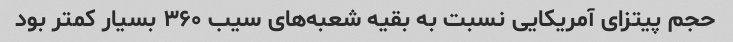
حجم پیتزای آمریکایی نسبت به بقیه شعبه‌های سیب ٣۶٠ بسیار کمتر بود